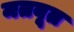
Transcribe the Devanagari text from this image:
मतबूत